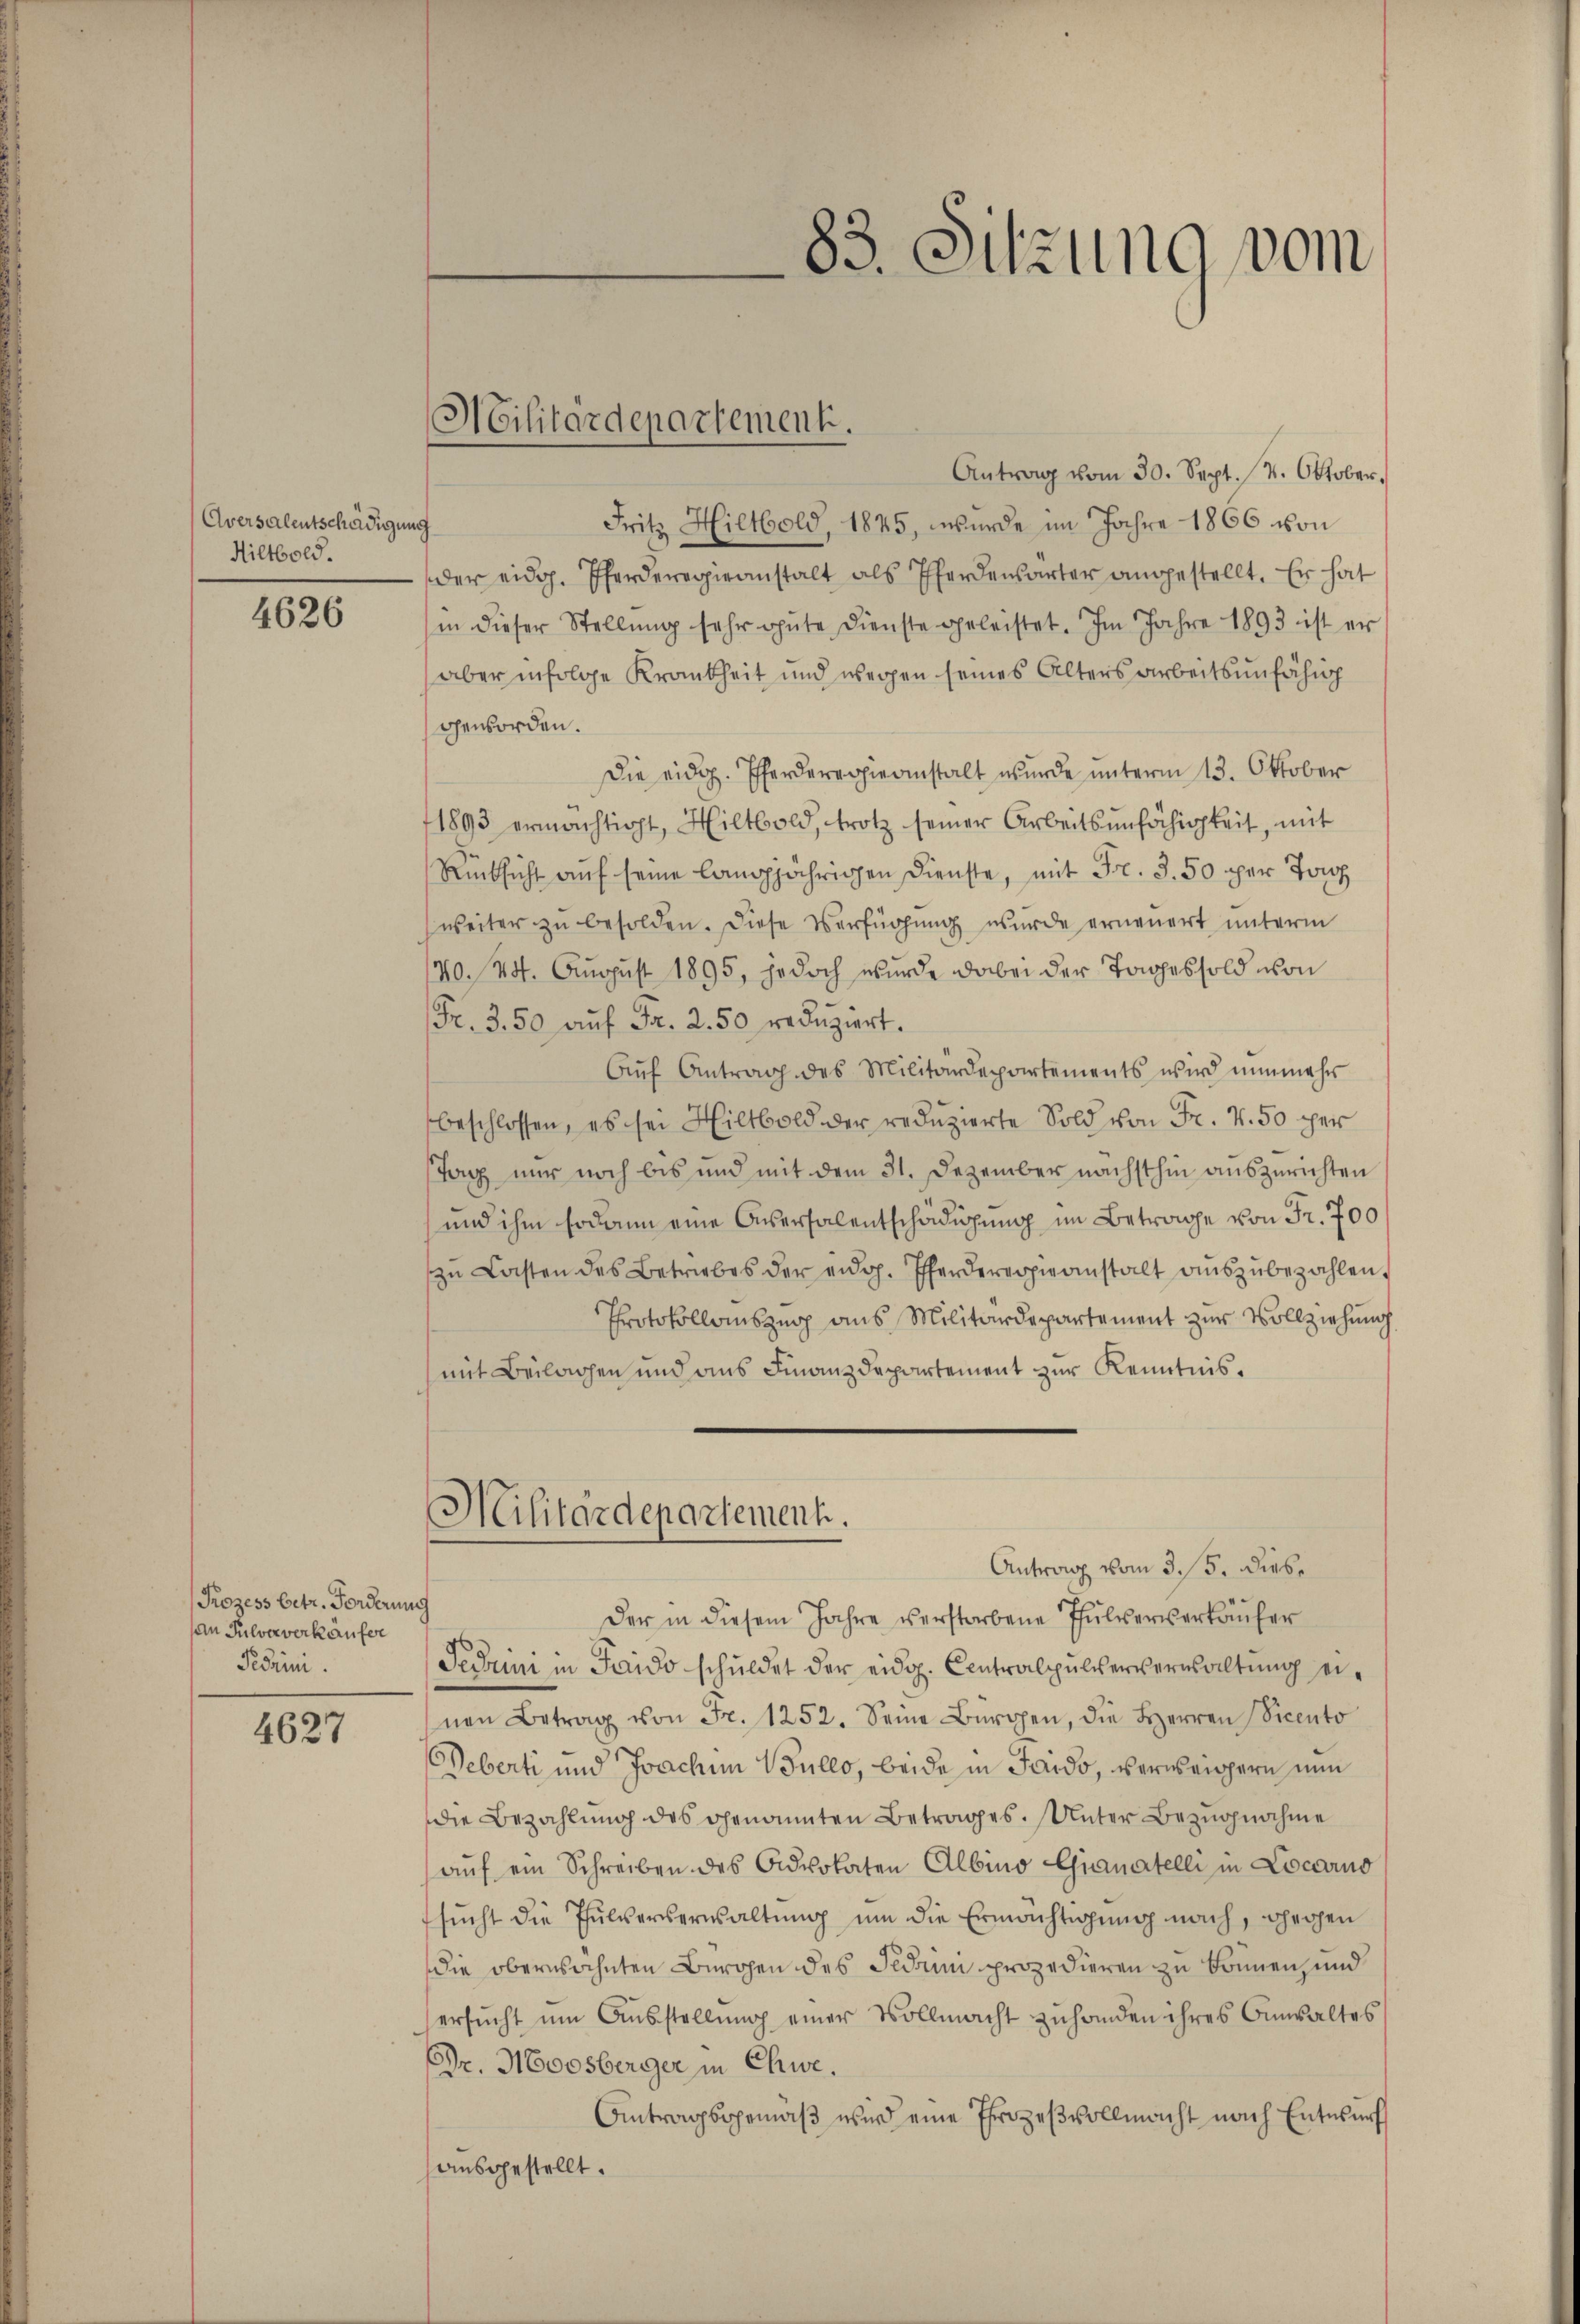
Aversalentschädigun
Hiltbold.

4626

Prozess betr. Forderung
an Pulververkäufer
Peerini

4627

Militärdepartement.

Antrag vom 30. Sept. 14. Oktober.
Fritz Hiltbold, 1845, wurde im Jahre 1866 von
ag
der eidg. Pferderegieanstalt als Pferdensarter angestellt. Er hat
in dieser Stellŭng sehr ohnte Dienste geleistet. Im Jahre 1893 ist er
aber infolge Krankheit und wegen seines Alters arbeitsunfähig
geworden.
Die eidg. Pferderegierinstalt wurde unterm 13. Oktober
1893 ermächtigt, Hiltbold, trotz seiner Arbeitsunfähigkeit, mit
Rücksicht aŭf seine langjährigen Dienste, mit Fr. 3. 50 per To
weiter zŭ besolden. Diese Verfügŭng wurde erneuert unterm
140. 24. August 1895, jedoch wurde dabei der Tages sold von
Fr. 3. 50 aŭf Fr. 2.50 redŭziert.
Aŭf Antrag des Militärdepartements wird nunmehr
beschlossen, es sei Hiltbold der reduzierte Sold von Fr. v. 50 per
Tag nur noch bis und mit dem 31. Dezember nächsthin auszurichten
und ihm sodann eine Aversalentschädigung im Betrage von Fr. 700
zu Lasten des Betriebes der eidg. Pferdererpieanstalt auszubezahlen,
Protokollauszug aus Militärdepartement zur Vollziehung
(mit Beilagen und aus Finanzdepartement zur Kenntnis¬
Militärdepartement.
Antrag vom 3. 5. Dieb.
Der in diesem Jahre verstorbene Thulververkäufer
Federini in Frido schuldet der eidg. Centralpulververwaltung einen Betrag von Fr. 1252. Seine Bürgen, die Herren Vicento
Weberti und Joachen Wullo, beide in Sard., verweisern nun
die Bezahlung des genannten Betrages. Unter Bezugnahme
aŭf ein Schreiben des Advokaten Albino Gianartelli in Locarno
sŭcht die Pulververwaltung um die Ermächtigung nach, gegen
die oberwähnten Bürgen des Fidei prozedieren zu können, und
ersŭcht ŭm Aŭsstellŭng einer Vollmacht zuhanden ihres Ansaltes
Dr. Moosberger in Chwe.
Antragsgemäß wird eine Ehrozeßvollmacht nach Entwurf
ausgestellt.

83. Sitzung vom